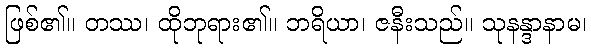
ဖြစ်၏။ တဿ၊ ထိုဘုရား၏။ ဘရိယာ၊ ဇနီးသည်။ သုနန္ဒာနာမ၊